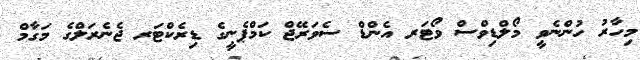
މިހާރު ހުންނެވީ މޯލްޑިވްސް ވޯޓަރ އެންޑް ސެވަރޭޖް ކަމްޕެނީގެ ޑިރެކްޓަރ ޖެނެރަލްގެ މަގާމް